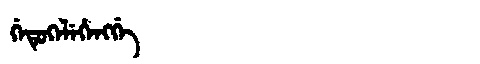
Manchu: ᡤᡝᡨᡠᡴᡝᠯᡝᡥᡝᠩᡤᡝ
Romanization: GETUKELEHENGGE